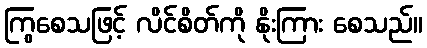
ကြွစေသဖြင့် လိင်စိတ်ကို နိုးကြား စေသည်။